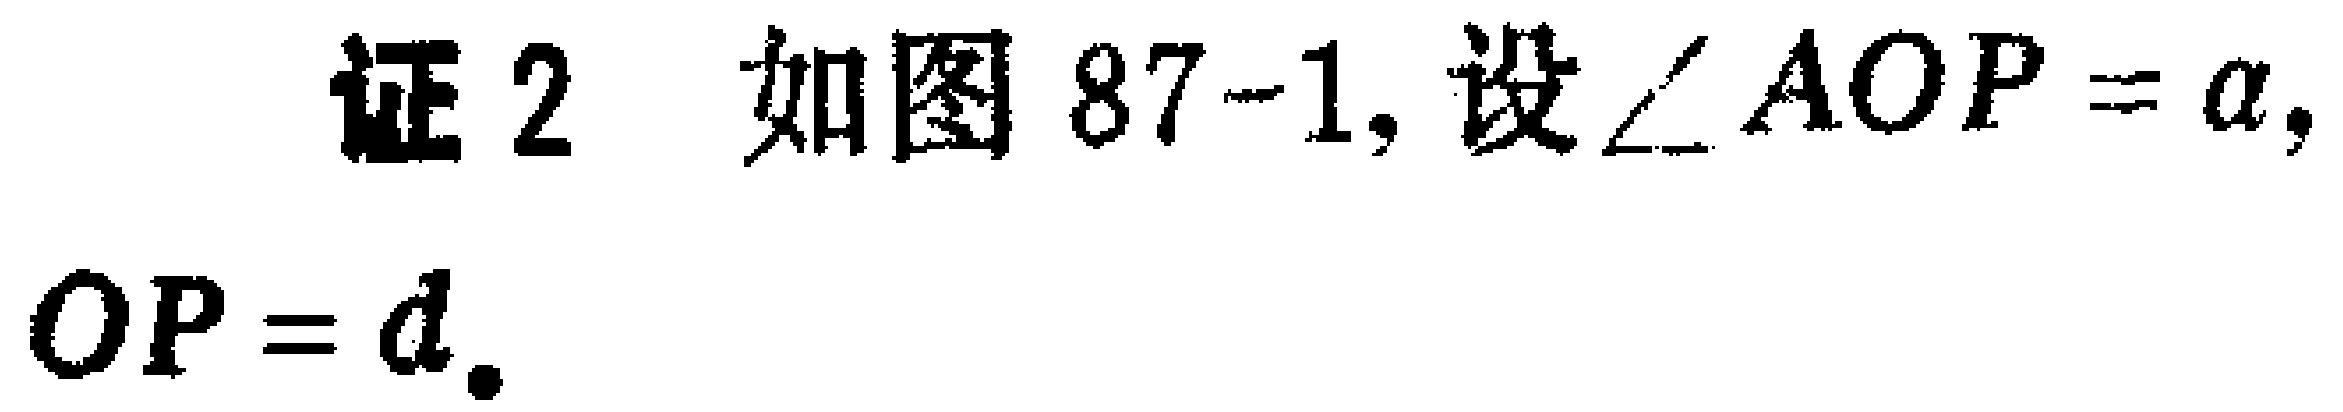
证 2 如图 87-1, 设$\angle AOP = \alpha$, $OP = d$.